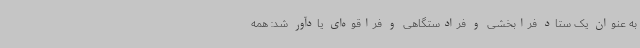
به عنوان یک ستاد فرابخشی و فرادستگاهی و فراقوه‌ای یادآور شد: همه